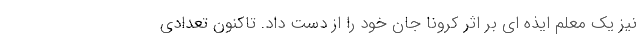
نیز یک معلم ایذه ای بر اثر کرونا جان خود را از دست داد. تاکنون تعدادی